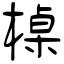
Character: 槕